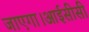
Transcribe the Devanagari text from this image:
जाएगा।आईसीसी